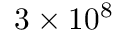
3 \times 1 0 ^ { 8 }